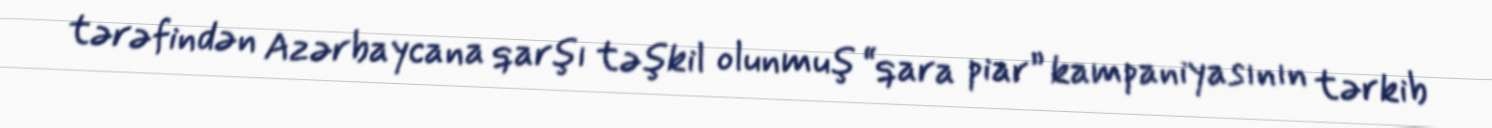
tərəfindən Azərbaycana qarşı təşkil olunmuş “qara piar” kampaniyasının tərkib